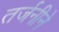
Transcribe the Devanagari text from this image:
तर्जनीने